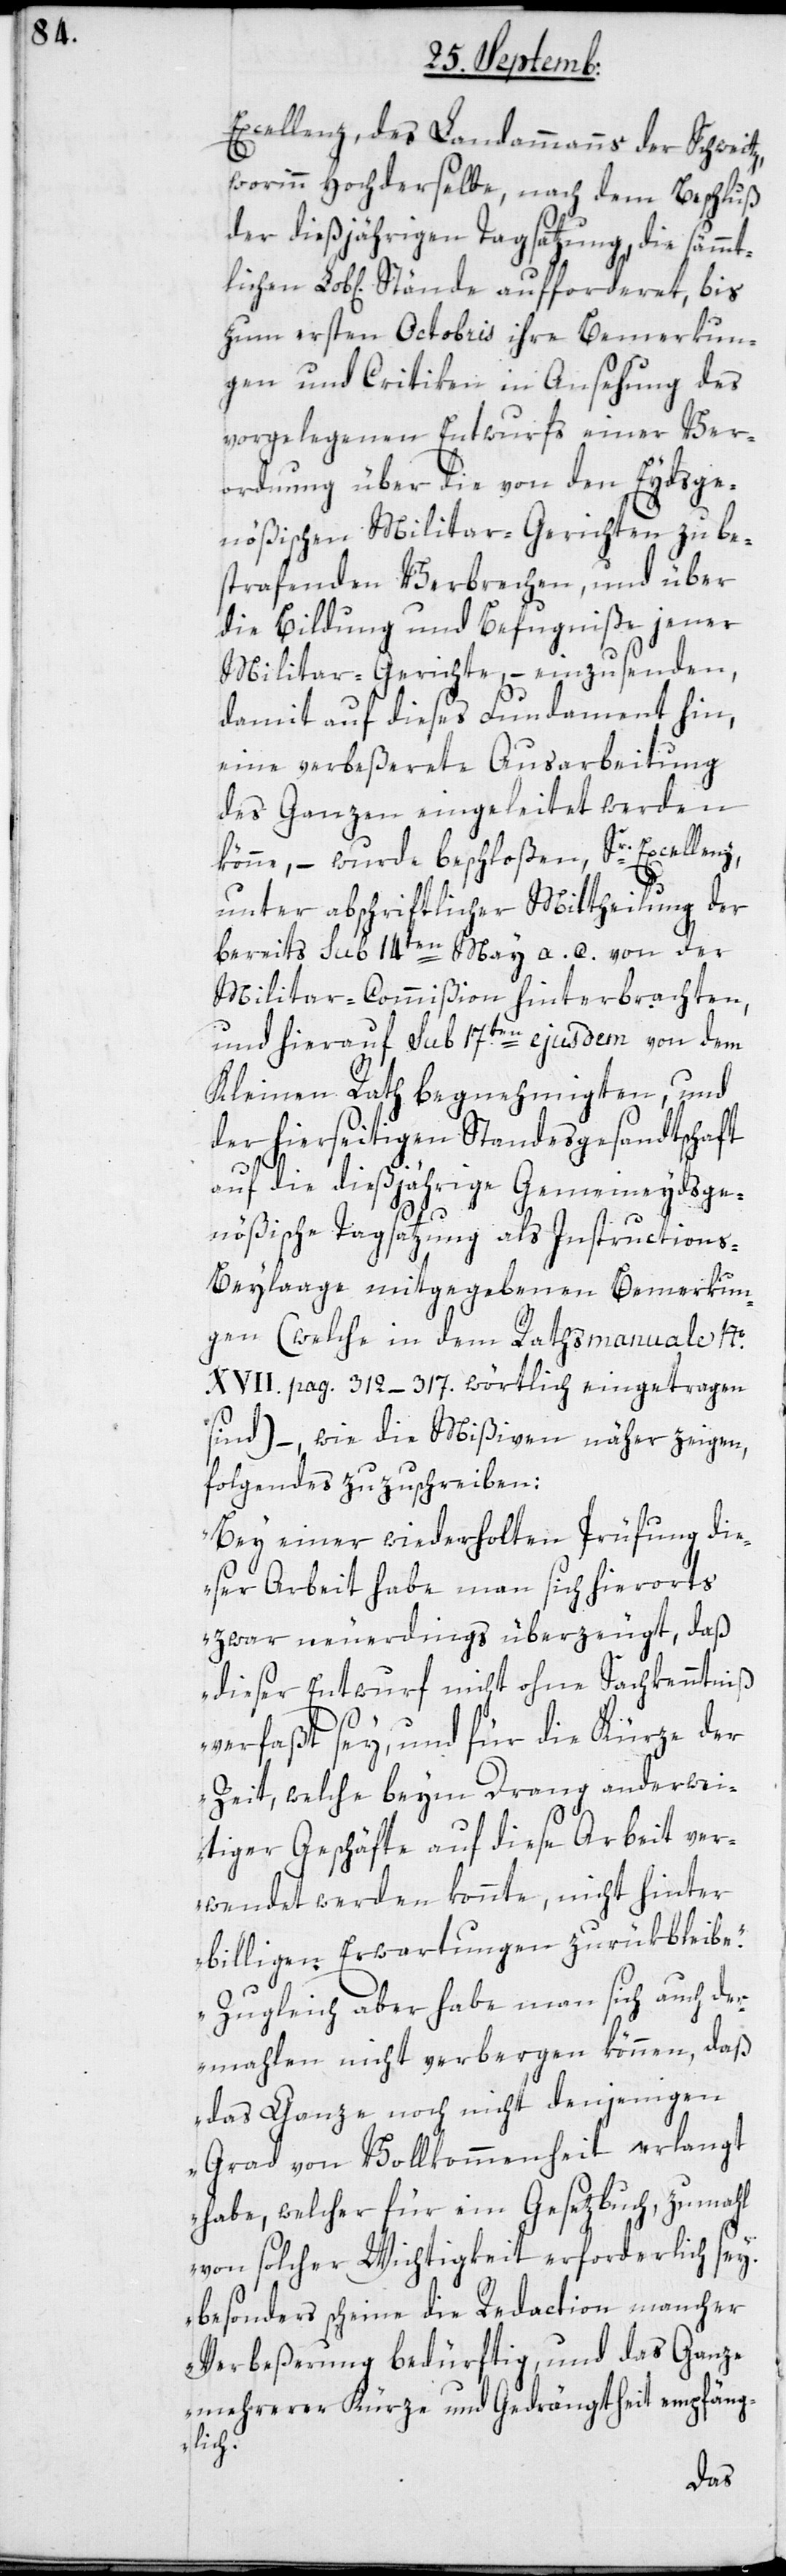
Excellenz, des Landammanns der Schweitz,
worinn hochderselbe, nach dem Beschluß
der dießjährigen Tagsatzung, die sämmt¬
b[lichen] Stände aufforderet, bis
zum ersten Octobris ihre Bemerkun¬
gen und Critiken in Ansehung des
vorgelegenen Entwurfs einer Ver¬
ordnung über die von den Eydsge¬
nößischen Militar-Gerichten zu be¬
strafenden Verbrechen, und über
die Bildung und Befugniße jener
Militar-Gerichte, – einzusenden,
damit auf dieses Fundament hin,
eine verbeßerte Ausarbeitung
des Ganzen eingeleitet werden
könne, – wurde beschloßen, Sr. Excellenz
Lo¬
unter abschriftlicher Mittheilung der
bereits sub 14ten May a. c. von der
Militar-Commißion hinterbrachten,
und hierauf sub 17ten ejusdem von dem
Kleinen Rath begnehmigten, und
der hierseitigen Standesgesandtschaft
auf die dießjährige Gemeineydsge¬
nößische Tagsatzung als Instruction¬
s-Beylaage mitgegebenen Bemerkun¬
gen (welche in dem Ratsmanuale №.
XVII pag. 312-317. wörtlich eingetragen
sind), – wie die Mißiven näher zeigen,
folgendes zu schreiben:
„Bei einer wiederholten Prüfung die¬
ser Arbeit habe man sich hierorts
zwar neuerdings überzeugt, daß
dieser Entwurf nicht ohne Sachkenntniß
verfaßt sey, und für die Kürze der
Zeit, welche beym Drang anderwei¬
tiger Geschäfte auf diese Arbeit ver¬
wendet werden konnte, nicht hinter
billigen Erwartungen zurükbleibe.
Zugleich aber habe man sich auch de¬
rmahlen nicht verbergen können, daß
das Ganze noch nicht denjenigen
Grad von Vollkommenheit erlangt
habe, welcher für ein Gesezbuch, zumahl
von solcher Wichtigkeit erforderlich sey,
besonders scheine die Redaction mancher
Verbeßerung bedürftig, und das Ganze
mehrerer Kürze und Gedrängtheit empfäng¬
lich.